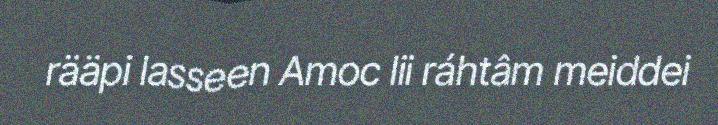
rääpi lasseen Amoc lii ráhtâm meiddei